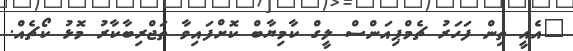
"އެއީ ތިން ފަހަރު ޗެމްޕިއަންސް ލީގް ކާމިޔާބް ކޮށްފައިވާ ތަޖްރިބާކާރު މޮޅު ކޯޗެއް.